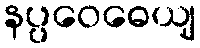
နပ္ပဝေဓေယျ